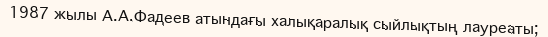
1987 жылы А.А.Фадеев атындағы халықаралық сыйлықтың лауреаты;